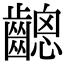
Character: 𪙋